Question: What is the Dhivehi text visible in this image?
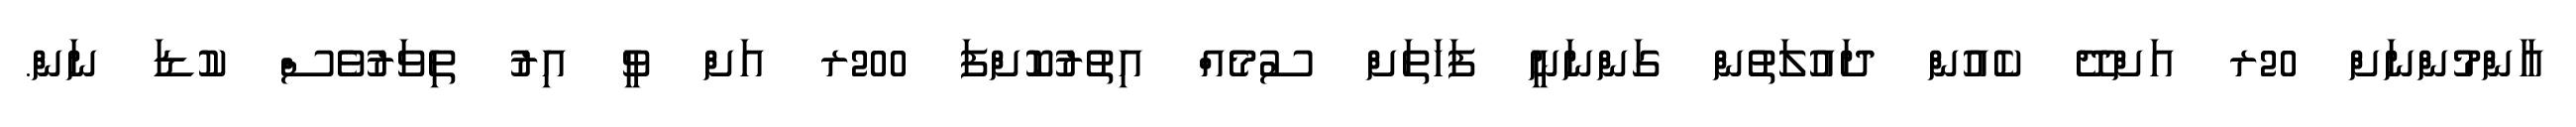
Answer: އާންމުންނަށް 20ރ އަށްދޭ ކެއުން ދައުލަތުން ގަންނަނީ ފަހަތަށް ސުމެއް އިތުރުކޮށްފަ 200ރ އަށް ވީ އިރު ތިވަރުވެސް ކުޑަ ނަން.